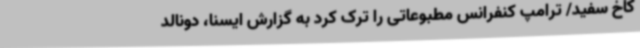
کاخ سفید/ ترامپ کنفرانس مطبوعاتی را ترک کرد به گزارش ایسنا، دونالد